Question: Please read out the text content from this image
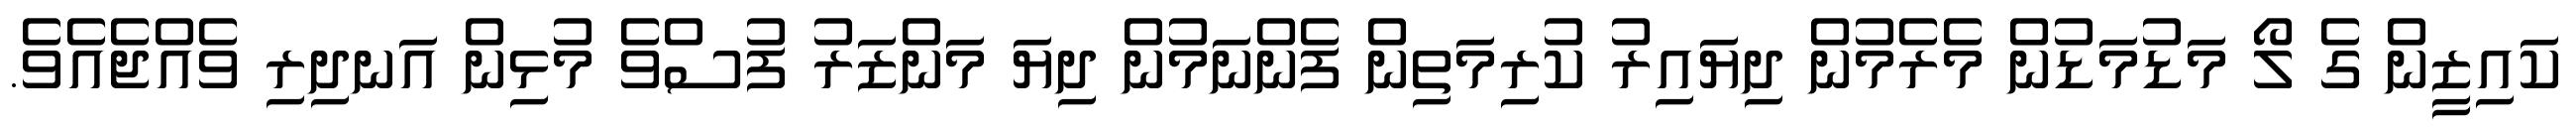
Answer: ކައިޒީން ގެ ލޯ މަޑުމަޑުން މެރެމުން ދިޔައިރު ކުރިމަތިން ފެންނަމުން ދިޔަ މަންޒަރު ފުސްވެ މުޅިން އަނދިރި ވެއްޖެއެވެ.